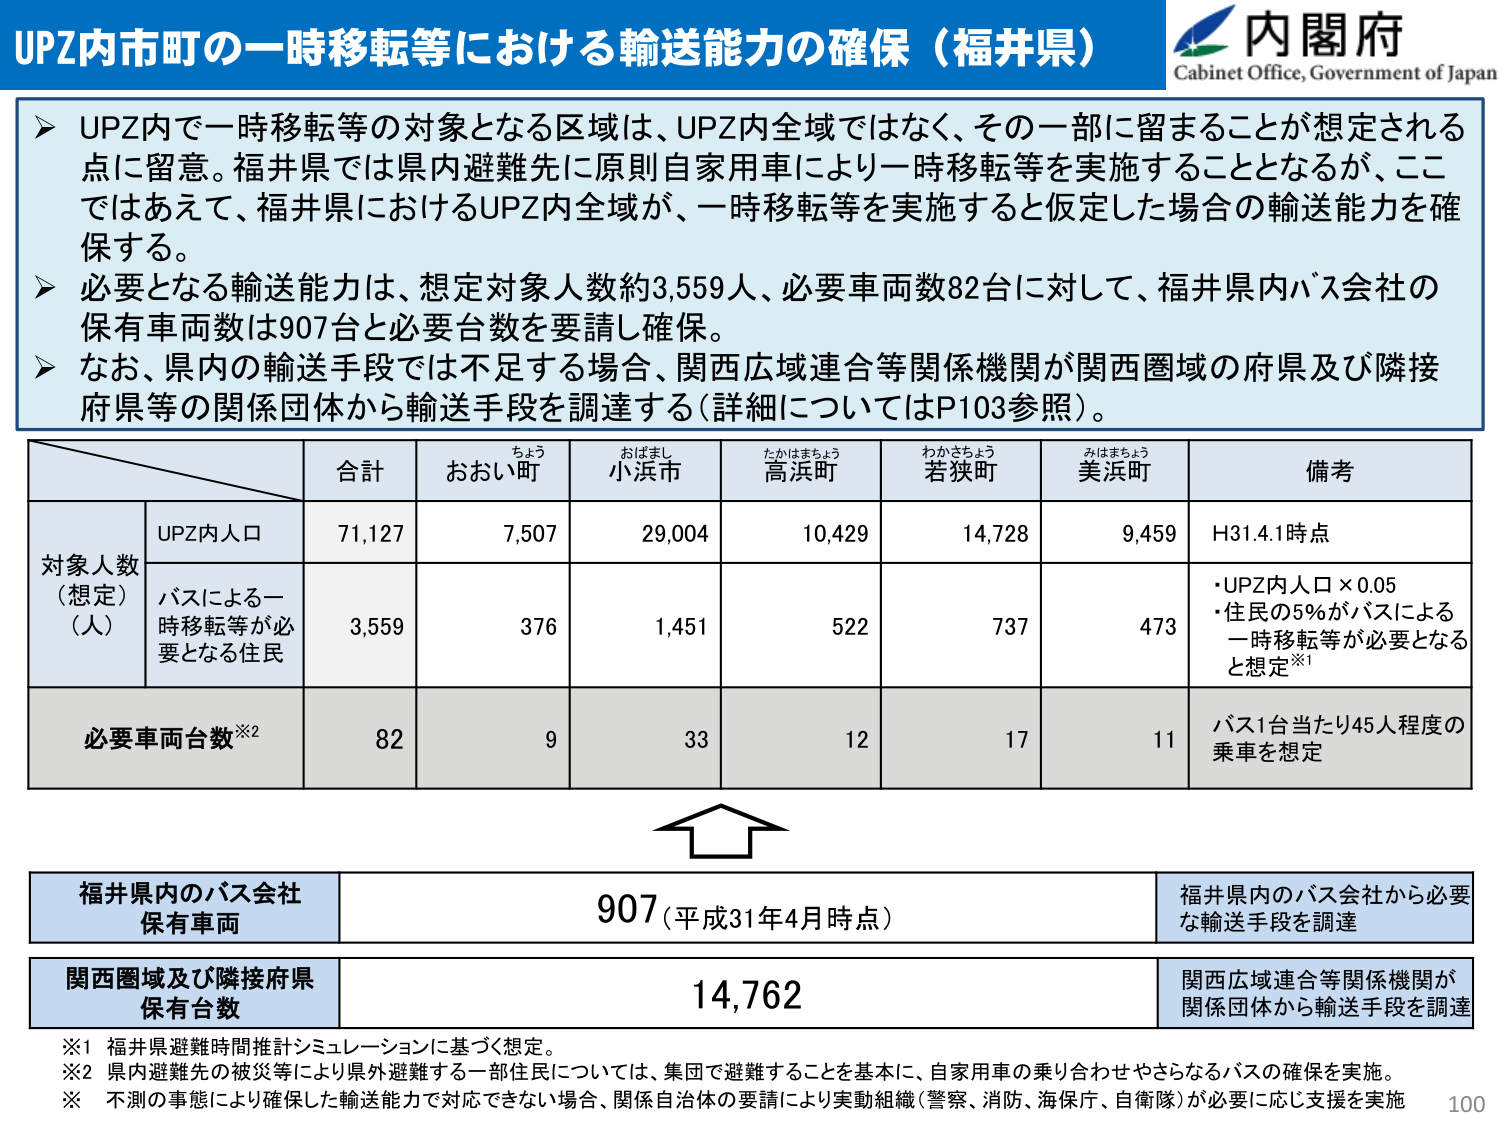
UPZ内市町の一時移転等における輸送能力の確保（福井県）
内閣府
Cabinet Office, Government of Japan

➤ UPZ内で一時移転等の対象となる区域は、UPZ内全域ではなく、その一部に留まることが想定される点に留意。福井県では県内避難先に原則自家用車により一時移転等を実施することとなるが、ここではあえて、福井県におけるUPZ内全域が、一時移転等を実施すると仮定した場合の輸送能力を確保する。
➤ 必要となる輸送能力は、想定対象人数約3,559人、必要車両数82台に対して、福井県内バス会社の保有車両数は907台と必要台数を要請し確保。
➤ なお、県内の輸送手段では不足する場合、関西広域連合等関係機関が関西圏域の府県及び隣接府県等の関係団体から輸送手段を調達する（詳細についてはP103参照）。

合計　おおい町　おばまし小浜市　たかはまちょう高浜町　わかさちょう若狭町　みはまちょう美浜町　備考
対象人数（想定）（人）
　UPZ内人口　71,127　7,507　29,004　10,429　14,728　9,459　H31.4.1時点
　バスによる一時移転等が必要となる住民　3,559　376　1,451　522　737　473　・UPZ内人口×0.05